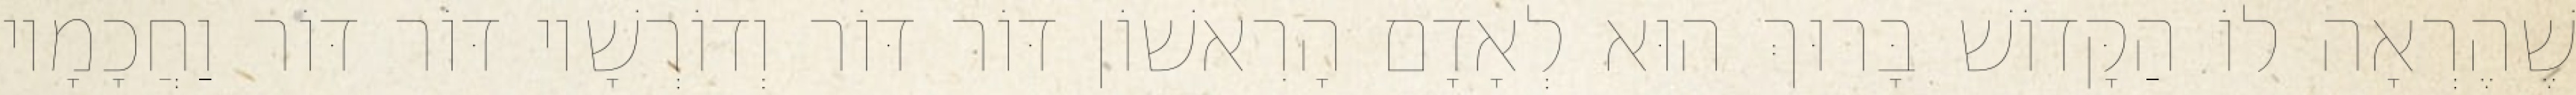
שֶׁהֶרְאָה לוֹ הַקָּדוֹשׁ בָּרוּךְ הוּא לְאָדָם הָרִאשׁוֹן דּוֹר דּוֹר וְדוֹרְשָׁיו דּוֹר דּוֹר וַחֲכָמָיו